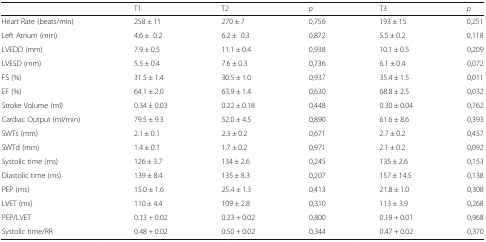
<table><thead><tr><td></td><td><b>T1</b></td><td><b>T2</b></td><td><b><i>p</i></b></td><td><b>T3</b></td><td><b><i>p</i></b></td></tr></thead><tbody><tr><td>Heart Rate (beats/min)</td><td>258 ± 11</td><td>270 ± 7</td><td>0,756</td><td>193 ± 15</td><td>0,251</td></tr><tr><td>Left Atrium (mm)</td><td>4.6 ±0.2</td><td>6.2 ±0.3</td><td>0,872</td><td>5.5 ± 0.2</td><td>0,118</td></tr><tr><td>LVEDD (mm)</td><td>7.9 ± 0.5</td><td>11.1 ± 0.4</td><td>0,938</td><td>10.1 ± 0.5</td><td>0,209</td></tr><tr><td>LVESD (mm)</td><td>5.5 ± 0.4</td><td>7.6 ± 0.3</td><td>0,736</td><td>6.1 ± 0.4</td><td>0,072</td></tr><tr><td>FS (%)</td><td>31.5 ± 1.4</td><td>30.5 ± 1.0</td><td>0,937</td><td>35.4 ± 1.5</td><td>0,011</td></tr><tr><td>EF (%)</td><td>64.1 ± 2.0</td><td>63.9 ± 1.4</td><td>0,630</td><td>68.8 ± 2.5</td><td>0,032</td></tr><tr><td>Stroke Volume (ml)</td><td>0.34 ± 0.03</td><td>0.22 ± 0.18</td><td>0,448</td><td>0.30 ± 0.04</td><td>0,762</td></tr><tr><td>Cardiac Output (ml/min)</td><td>79.5 ± 9.3</td><td>52.0 ± 4.5</td><td>0,890</td><td>61.6 ± 8.6</td><td>0,393</td></tr><tr><td>SWTs (mm)</td><td>2.1 ± 0.1</td><td>2.3 ± 0.2</td><td>0,671</td><td>2.7 ± 0.2</td><td>0,457</td></tr><tr><td>SWTd (mm)</td><td>1.4 ± 0.1</td><td>1.7 ± 0.2</td><td>0,971</td><td>2.1 ± 0.2</td><td>0,092</td></tr><tr><td>Systolic time (ms)</td><td>126 ± 3.7</td><td>134 ± 2.6</td><td>0,245</td><td>135 ± 2.6</td><td>0,153</td></tr><tr><td>Diastolic time (ms)</td><td>139 ± 8.4</td><td>135 ± 8.3</td><td>0,207</td><td>157 ± 14.5</td><td>0,138</td></tr><tr><td>PEP (ms)</td><td>15.0 ± 1.6</td><td>25.4 ± 1.3</td><td>0,413</td><td>21.8 ± 1.0</td><td>0,308</td></tr><tr><td>LVET (ms)</td><td>110 ± 4.4</td><td>109 ± 2.8</td><td>0,310</td><td>113 ± 3.9</td><td>0,268</td></tr><tr><td>PEP/LVET</td><td>0.13 + 0.02</td><td>0.23 + 0.02</td><td>0,800</td><td>0.19 + 0.01</td><td>0,968</td></tr><tr><td>Systolic time/RR</td><td>0.48 + 0.02</td><td>0.50 + 0.02</td><td>0,344</td><td>0.47 + 0.02</td><td>0,370</td></tr></tbody></table>